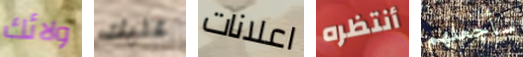
ولائك عليك اعلانات أنتظره سأجعلهم